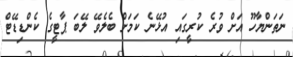
ނަތަންޔާހޫ އަށް ވުރެ ކުރީގައި އުޅޭނެ ކަމަށް ބެލެވޭ ލޭބަ ޕާޓީގެ ކެންޑިޑޭޓް